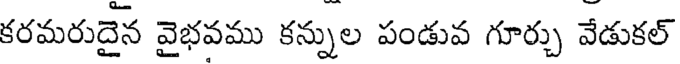
కరమరుదైన వైభవము కన్నుల పండువ గూర్చు వేడుకల్